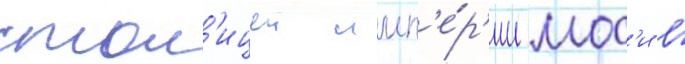
стол'ицеи имп'е́р'ии мос'и в